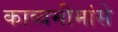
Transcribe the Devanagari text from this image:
काव्यमीमांसे